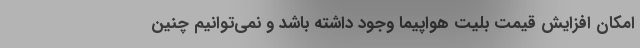
امکان افزایش قیمت بلیت هواپیما وجود داشته باشد و نمی‌توانیم چنین